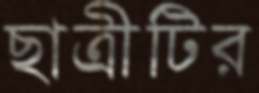
ছাত্রীটির